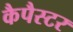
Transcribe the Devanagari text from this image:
कैपैस्टर